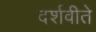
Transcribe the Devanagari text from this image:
दर्शवीते